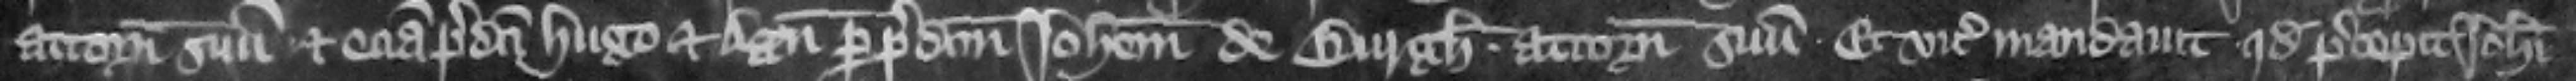
attornatum suum. et eciam predicti Hugo et Agnes per predictum Iohannem de Burgh attornatum suum. Et vicecomes mandauit quod precepit Iohanni